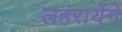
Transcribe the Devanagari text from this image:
लहरायेंगे